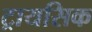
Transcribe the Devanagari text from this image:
ट्रायसिक